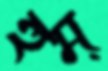
হুম্